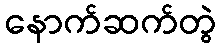
နောက်ဆက်တွဲ